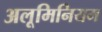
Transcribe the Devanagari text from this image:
अलूमिनियम